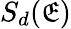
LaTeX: S_{d}(\mathfrak{E})